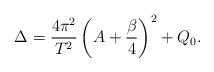
LaTeX: \begin{align*}\Delta =\frac{4\pi^2}{T^2}\left(A+\frac{\beta}{4}\right)^2+ Q_0. \end{align*}